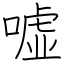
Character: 嘘